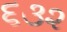
૬૩૨